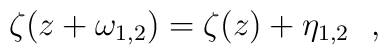
\zeta (z + \omega_{1,2}) = \zeta (z) + \eta_{1,2}~~,